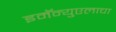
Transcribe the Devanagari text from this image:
इमॅन्युएलाचा